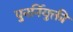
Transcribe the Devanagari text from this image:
पुनर्नियुक्ती